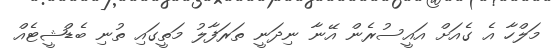
މަލްހާ އެ ގެއަށް އައީސުރެން އޭނާ ނިދަނީ ތަރަފާލު މަތީގައި ތުނި ބެޑްޝީޓެއް